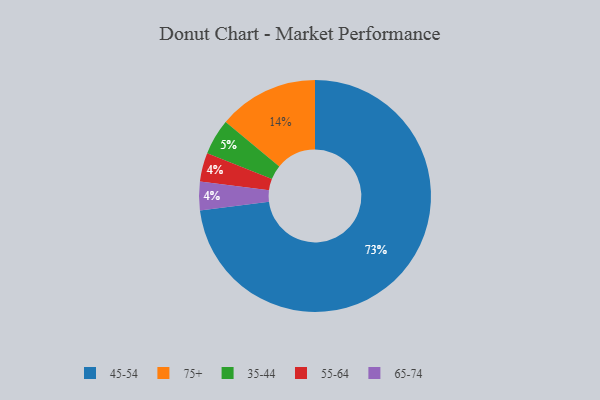
{"axis": {"x": "Category", "y": "Percentage"}, "legend": ["35-44", "45-54", "55-64", "65-74", "75+"], "data": [{"x": "55-64", "y": 4, "type": "55-64"}, {"x": "35-44", "y": 5, "type": "35-44"}, {"x": "75+", "y": 14, "type": "75+"}, {"x": "45-54", "y": 73, "type": "45-54"}, {"x": "65-74", "y": 4, "type": "65-74"}]}